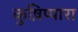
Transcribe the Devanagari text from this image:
कुष़िप्पारा